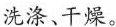
洗涤、干燥。